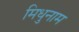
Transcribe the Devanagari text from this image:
मिधुनाम